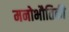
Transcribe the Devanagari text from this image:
मनोभौतिकी